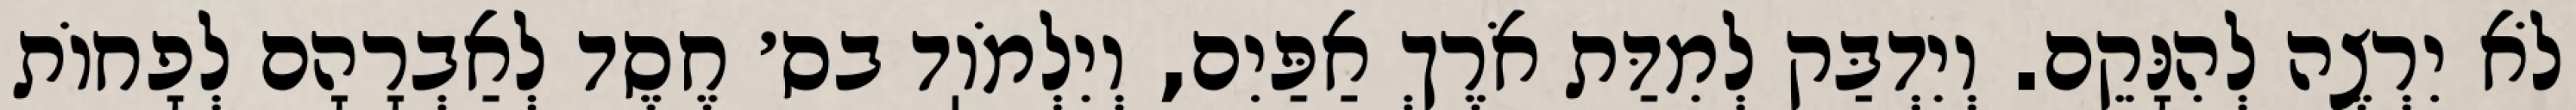
לֹא יִרְצֶה לְהִנָּקֵם. וְיִדְבַּק לְמִדַּת אֹרֶךְ אַפַּיִם, וְיִלְמֹוֽד בס׳ חֶסֶד לְאַבְרָהָם לְפָחוֹת